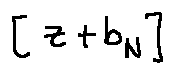
[ z + b _ { N } ]